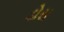
ડોસ